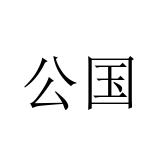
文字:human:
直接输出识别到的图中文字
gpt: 公国